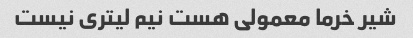
شیر خرما معمولی هست نیم لیتری نیست